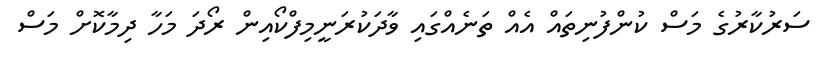
ސަރުކާރުގެ މަސް ކުންފުނިތައް އެއް ތަނެއްގައި ވާދަކުރަނީމިފްކޯއިން ރޯދަ މަހާ ދިމާކޮށް މަސް